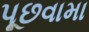
પૂછવામા